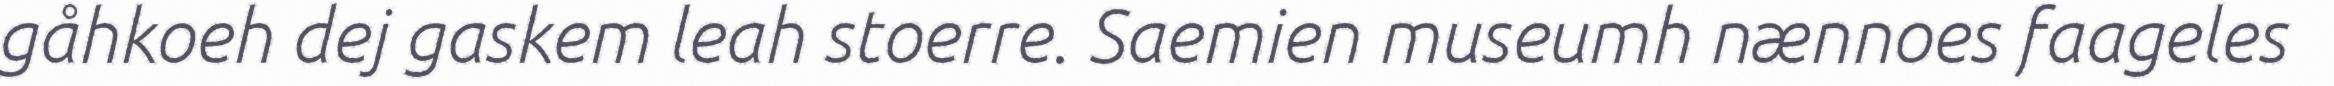
gåhkoeh dej gaskem leah stoerre. Saemien museumh nænnoes faageles